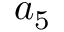
a _ { 5 }